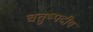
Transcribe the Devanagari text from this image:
चतुष्पदीय